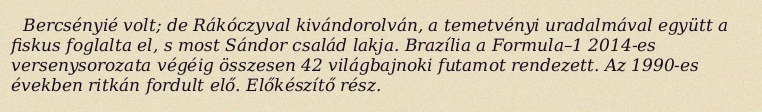
Bercsényié volt; de Rákóczyval kivándorolván, a temetvényi uradalmával együtt a fiskus foglalta el, s most Sándor család lakja. Brazília a Formula–1 2014-es versenysorozata végéig összesen 42 világbajnoki futamot rendezett. Az 1990-es években ritkán fordult elő. Előkészítő rész.